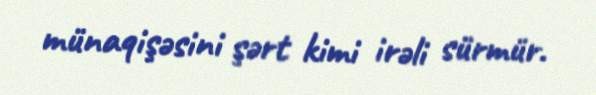
münaqişəsini şərt kimi irəli sürmür.